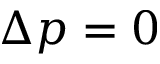
\Delta p = 0